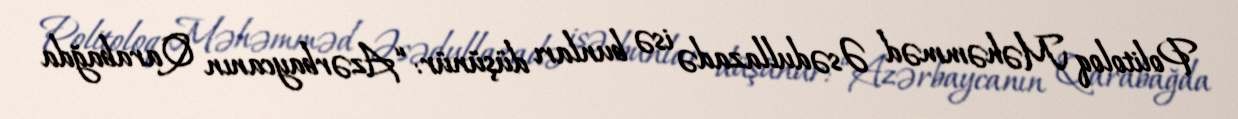
Politoloq Məhəmməd Əsədullazadə isə bunları düşünür: “Azərbaycanın Qarabağda